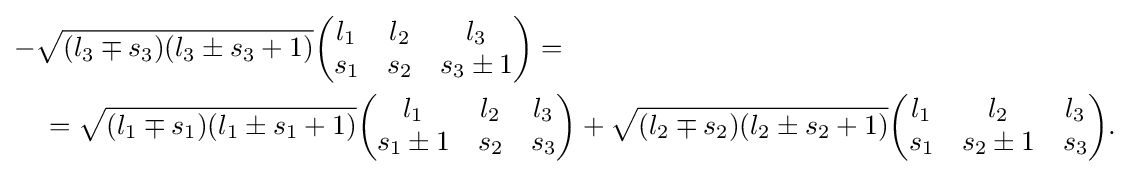
{\begin{aligned}&{-}{\sqrt {(l_{3}\mp s_{3})(l_{3}\pm s_{3}+1)}}{\begin{pmatrix}l_{1}&l_{2}&l_{3}\\s_{1}&s_{2}&s_{3}\pm 1\end{pmatrix}}=\\&\quad ={\sqrt {(l_{1}\mp s_{1})(l_{1}\pm s_{1}+1)}}{\begin{pmatrix}l_{1}&l_{2}&l_{3}\\s_{1}\pm 1&s_{2}&s_{3}\end{pmatrix}}+{\sqrt {(l_{2}\mp s_{2})(l_{2}\pm s_{2}+1)}}{\begin{pmatrix}l_{1}&l_{2}&l_{3}\\s_{1}&s_{2}\pm 1&s_{3}\end{pmatrix}}.\end{aligned}}